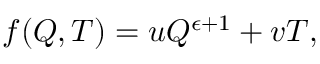
\begin{array} { r } { f ( Q , T ) = u Q ^ { \epsilon + 1 } + v T , } \end{array}